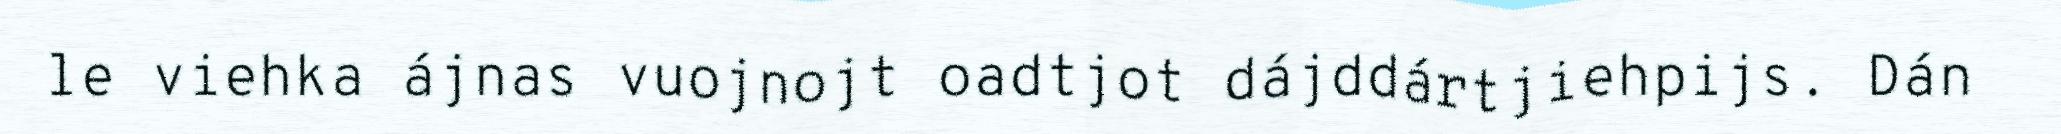
le viehka ájnas vuojnojt oadtjot dájddártjiehpijs. Dán